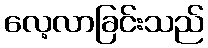
လေ့လာခြင်းသည်